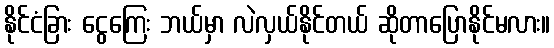
နိုင်ငံခြား ငွေကြေး ဘယ်မှာ လဲလှယ်နိုင်တယ် ဆိုတာပြောနိုင်မလား။